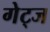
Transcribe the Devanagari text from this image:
गेट्ज